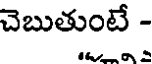
చెబుతుంటే -